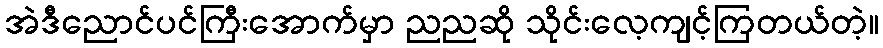
အဲဒီညောင်ပင်ကြီးအောက်မှာ ညညဆို သိုင်းလေ့ကျင့်ကြတယ်တဲ့။